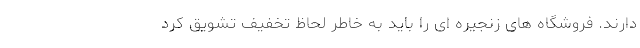
دارند. فروشگاه های زنجیره ای را باید به خاطر لحاظ تخفیف تشویق کرد